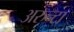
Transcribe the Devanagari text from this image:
अरुन्टा